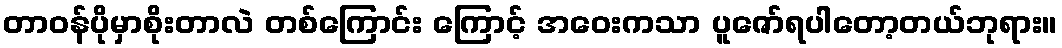
တာဝန်ပိုမှာစိုးတာလဲ တစ်ကြောင်း ကြောင့် အဝေးကသာ ပူဇော်ရပါတော့တယ်ဘုရား။